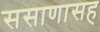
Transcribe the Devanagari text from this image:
ससाणासह